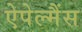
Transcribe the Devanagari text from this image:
ऐपेल्मैंस